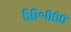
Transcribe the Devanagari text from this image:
६०॰०००